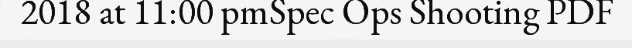
2018 at 11:00 pmSpec Ops Shooting PDF